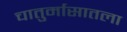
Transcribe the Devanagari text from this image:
चातुर्मासातला